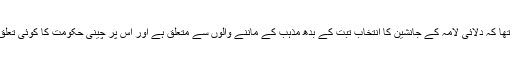
ان کا کہنا تھا کہ دلائی لامہ کے جانشین کا انتخاب تبت کے بدھ مذہب کے ماننے والوں سے متعلق ہے اور اس پر چینی حکومت کا کوئی تعلق نہیں ہے۔